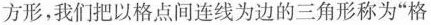
方形，我们把以格点间连线为边的三角形称为”格